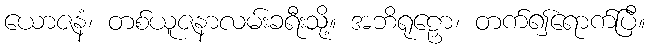
ယောဇနံ၊ တစ်ယူဇနာလမ်းခရီးသို့။ အဘိရုဠှော၊ တက်၍ရောက်ပြီ။